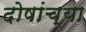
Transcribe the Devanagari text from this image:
दोषांच्या